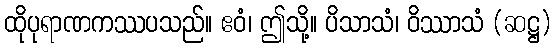
ထိုပုရာဏကဿပသည်။ ဧဝံ၊ ဤသို့။ ပိသာသံ၊ ဝိဿာသံ (ဆဋ္ဌ)